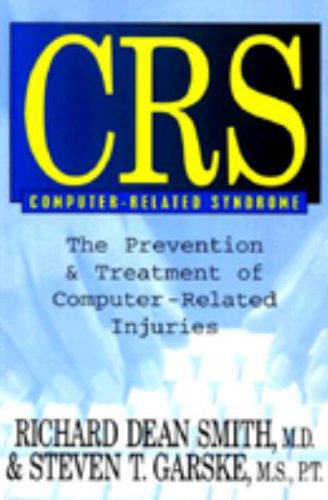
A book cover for Crs Computer-Related Syndrome: The Prevention & Treatment of Computer-Related Injuries; Richard Dean Smith M.D.; Health, Fitness & Dieting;